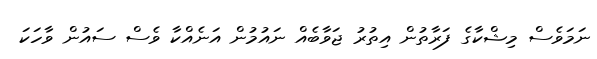
ނަމަވެސް މިޝްކާގެ ފަރާތުން އިތުރު ޖަވާބެއް ނައުމުން އަނެއްކާ ވެސް ސައުން ވާހަކަ